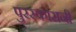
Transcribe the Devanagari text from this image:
पुरस्कारानी